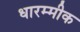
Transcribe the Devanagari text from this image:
धारम्मीक